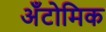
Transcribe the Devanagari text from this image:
अँटोमिक